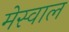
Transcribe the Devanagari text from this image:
मेस्वाल